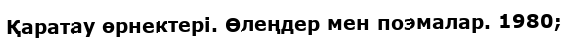
Қаратау өрнектері. Өлеңдер мен поэмалар. 1980;